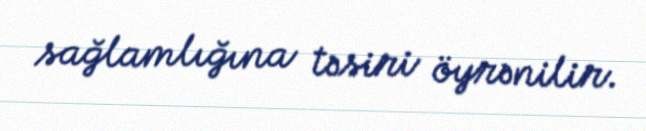
sağlamlığına təsiri öyrənilir.